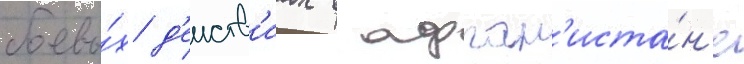
боевы́х д'еиств'иах в афган'иста́н'е